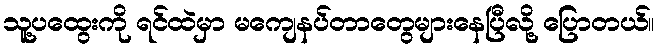
သူ့ပထွေးကို ရင်ထဲမှာ မကျေနပ်တာတွေများနေပြီလို့ ပြောတယ်။